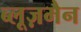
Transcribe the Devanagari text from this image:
ब्लूज़मैन